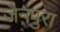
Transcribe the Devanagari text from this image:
जैनपुरा